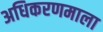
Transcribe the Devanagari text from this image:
अधिकरणमाला